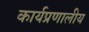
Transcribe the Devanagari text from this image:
कार्यप्रणालीय